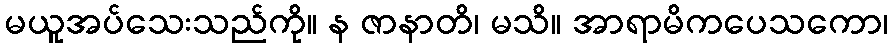
မယူအပ်သေးသည်ကို။ န ဇာနာတိ၊ မသိ။ အာရာမိကပေသကော၊